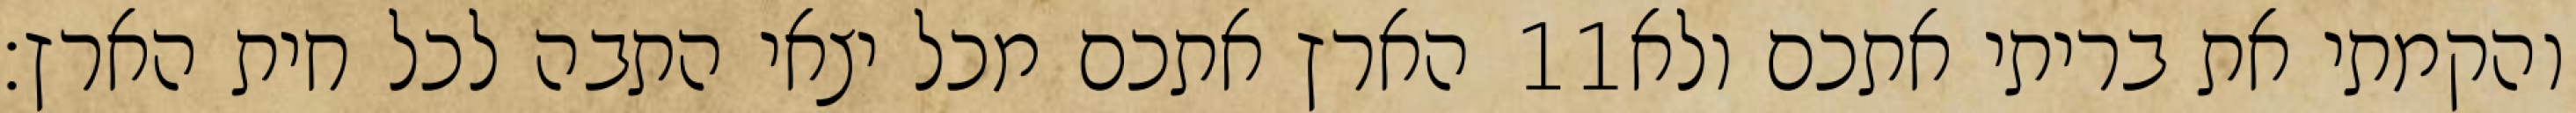
הארץ אתכם מכל יצאי התבה לכל חית הארץ׃ ‎11‏ והקמתי את בריתי אתכם ולא